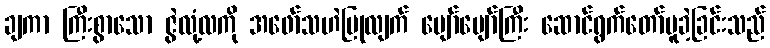
ချကာ ကြီးစွာသော ဇွဲလုံ့လကို အဖော်သဟဲပြုလျက် ပျော်ပျော်ကြီး ဆောင်ရွက်တော်မူခဲ့ခြင်းသည်